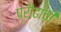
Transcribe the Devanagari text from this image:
प्रौढाची